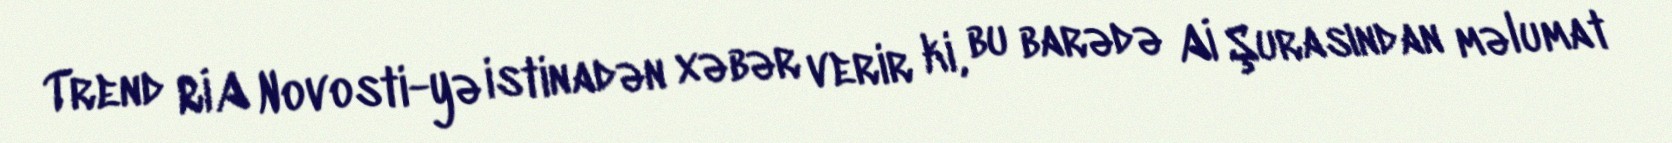
Trend RİA Novosti-yə istinadən xəbər verir ki, bu barədə Aİ Şurasından məlumat